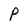
Character: P